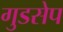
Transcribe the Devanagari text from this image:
गुडसेप